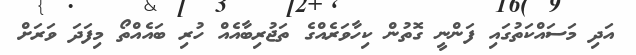
އަދި މަސައްކަތުގައި ފަންނީ ގޮތުން ކިހާވަރެއްގެ ތަޖުރިބާއެއް ހުރި ބައެއްތޯ މިފަދަ ވަރަށް